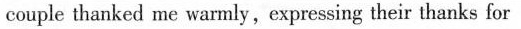
couple thanked me warmly, expressing their thanks for